Report on vaccination in Madras 1895-1903 - 1895-1903
Year: 1895
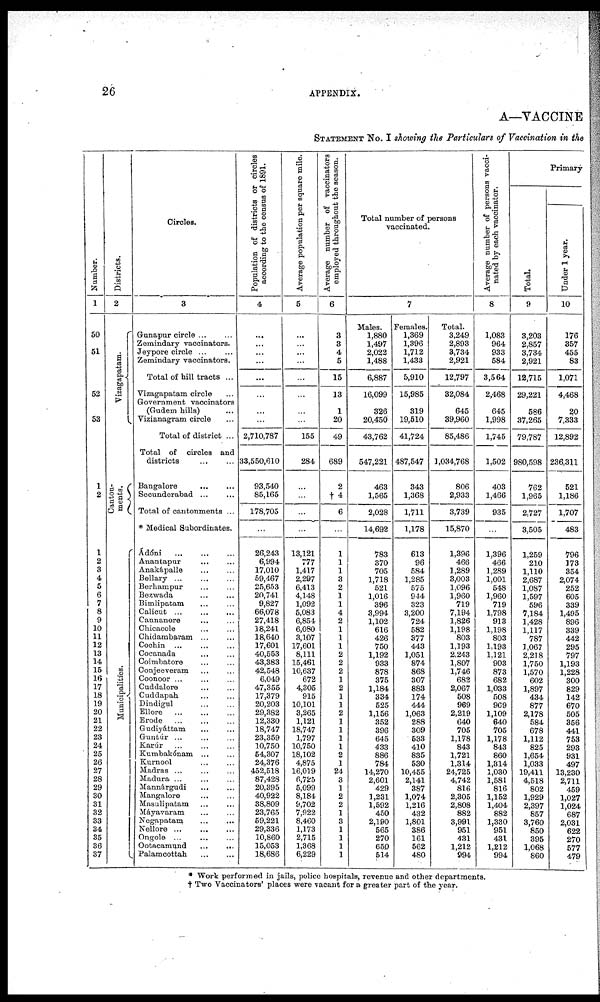
26
APPENDIX.
A—VACCINE
STATEMENT No. I showing the Particulars of Vaccination in the
Number.
1
50
51
52
53
1
2
1
2
3
4
5
6
7
8
9
10
11
12
13
14
15
16
17
18
19
20
21
22
23
24
25
26
27
28
29
30
31
32
33
34
35
36
37
Districts.
2
Vizagapatam.
Canton-
ments.
Municipalities.
Circles.
3
Gunapur circle ... ...
Zemindary vaccinators.
Jeypore circle ...
Zemindary vaccinators.
Total of hill tracts ...
Vizagapatam circle ...
Government vaccinators
(Gudem hills) ...
Vizianagram circle ...
Total of district ...
Total of circles and
districts ... ...
Bangalore
...
...
Secunderabad ... ...
Total of cantonments ...
* Medical Subordinates.
Ádóni
...
...
...
Anantapur
...
...
Anakápalle ... ...
Bellary
...
...
...
Berhampur ... ...
Bezwada ... ...
Bimlipatam ... ...
Calicut
...
...
...
Cannanore ... ...
Chicacole ... ...
Chidambaram ... ...
Cochin ... ... ...
Cocanada ... ... ...
Coimbatore ... ...
Conjeeveram
...
...
Coonoor ... ... ...
Cuddalore ... ...
Cuddapah ... ...
Dindigul ... ...
Ellore
...
...
...
Erode
...
...
...
Gudiyáttam ... ...
Guntúr ... ... ...
Karúr ... ... ...
Kumbakónam ... ...
Kurnool ... ... ...
Madras ... ... ...
Madura ... ... ...
Mannárgudi
...
...
Mangalore ... ...
Masulipatam ... ...
Máyavaram ... ...
Negapatam
...
...
Nellore ... ... ...
Ongole ... ... ...
Ootacamund
...
...
Palamcottah ... ...
Population of districts or circles
according to the census of 1891.
4
...
...
...
...
...
...
...
...
2,710,787
33,550,610
93,540
85,165
178,705
...
26,243
6,994
17,010
59,467
25,653
20,741
9,827
66,078
27,418
18,241
18,640
17,601
40,553
43,383
42,548
6,049
47,355
17,379
20,203
29,382
12,330
18,747
23,359
10,750
54,307
24,376
452,518
87,428
20,395
40,922
38,809
23,765
59,221
29,336
10,860
15,053
18,686
Average population per square mile.
5
...
...
...
...
...
...
...
...
155
284
...
...
...
...
13,121
777
1,417
2,297
6,413
4,148
1,092
5,083
6,854
6,080
3,107
17,601
8,111
15,461
10,637
672
4,305
915
10,101
3,265
1,121
18,747
1,797
10,750
18,102
4,875
16,019
6,725
5,099
8,184
9,702
7,922
8,460
1,173
2,715
1,368
6,229
Average number of vaccinators
employed throughout the season.
6
3
3
4
5
15
13
1
20
49
689
2
† 4
6
...
1
1
1
3
2
1
1
4
2
1
1
1
2
2
2
1
2
1
1
2
1
1
1
1
2
1
24 3
1
2
2
1
3
1
1
1
1
Total number of persons
vaccinated.
7
Males.
1,880
1,497
2,022
1,488
6,887
16,099
326
20,450
43,762
547,221
463
1,565
2,028
14,692
783
370
705
1,718
521
1,016
396
3,994
1,102
616
426
750
1,192
933
878
375
1,184
334
525
1,156
352
396
645
433
886
784
14,270
2,601
429
1,231
1,592
450
2,190
565
270
650
514
Females.
1,369
1,396
1,712
1,433
5,910
15,985
319
19,510
41,724
487,547
343
1,368
1,711
1,178
613
96
584
1,285
575
944
323
3,200
724
582
377
443
1,051
874
868
307
883
174
444
1,063
288
309
533
410
835
530
10,455
2,141
387
1,074
1,216
432
1,801
386
161
562
480
Total.
3,249
2,893
3,734
2,921
12,797
32,084
645
39,960
85,486
1,034,768
806
2,933
3,739
15,870
1,396
466
1,289
3,003
1,096
1,960
719
7,194
1,826
1,198
803
1,393
2,243
1,807
1,746
682
2,067
508
969
2,219
640
705
1,178
843
1,721
1,314
24,725
4,742
816
2,305
2,808
882
3,991
951
431
1,212
994
Average number of persons vacci-
nated by each vaccinator.
8
1,083
964
933
584
3,564
2,468
645
1,998
1,745
1,502
403
1,466
935
...
1,396
466
1,289
1,001
548
1,960
719
1,798
913
1,198
803
1,193
1,121
903
873
682
1,033
508
969
1,109
640
705
1,178
843
860
1,314
1,030
1,581
816
1,152
1,404
882
1,330
951
431
1,212
994
Primary
Total.
9
3,203
2,857
3,734
2,921
12,715
29,221
586
37,265
79,787
980,598
762
1,965
2,727
3,505
1,259
210
1,110
2,687
1,087
1,597
596
7,184
1,428
1,117
787
1,067
2,218
1,750
1,570
602
1,897
434
877
2,178
584
678
1,112
825
1,654
1,033
19,411
4,518
802
1,929
2,397
857
3,760
850
395
1,068
860
Under 1 year.
10
176
357
455
83
1,071
4,468
20
7,333
12,892
236,311
521
1,186
1,707
483
796
173
354
2,074
252
605
339
1,495
896
339
442
295
797
1,193
1,228
300
829
142
670
505
356
441
753
293
931
497
13,230
2,711
459
1,027
1,024
687
2,031
622
270
577
479
* Work performed in jails, police hospitals, revenue and other departments.
† Two Vaccinators' places were vacant for a greater part of the year.